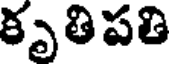
కృతిపతి